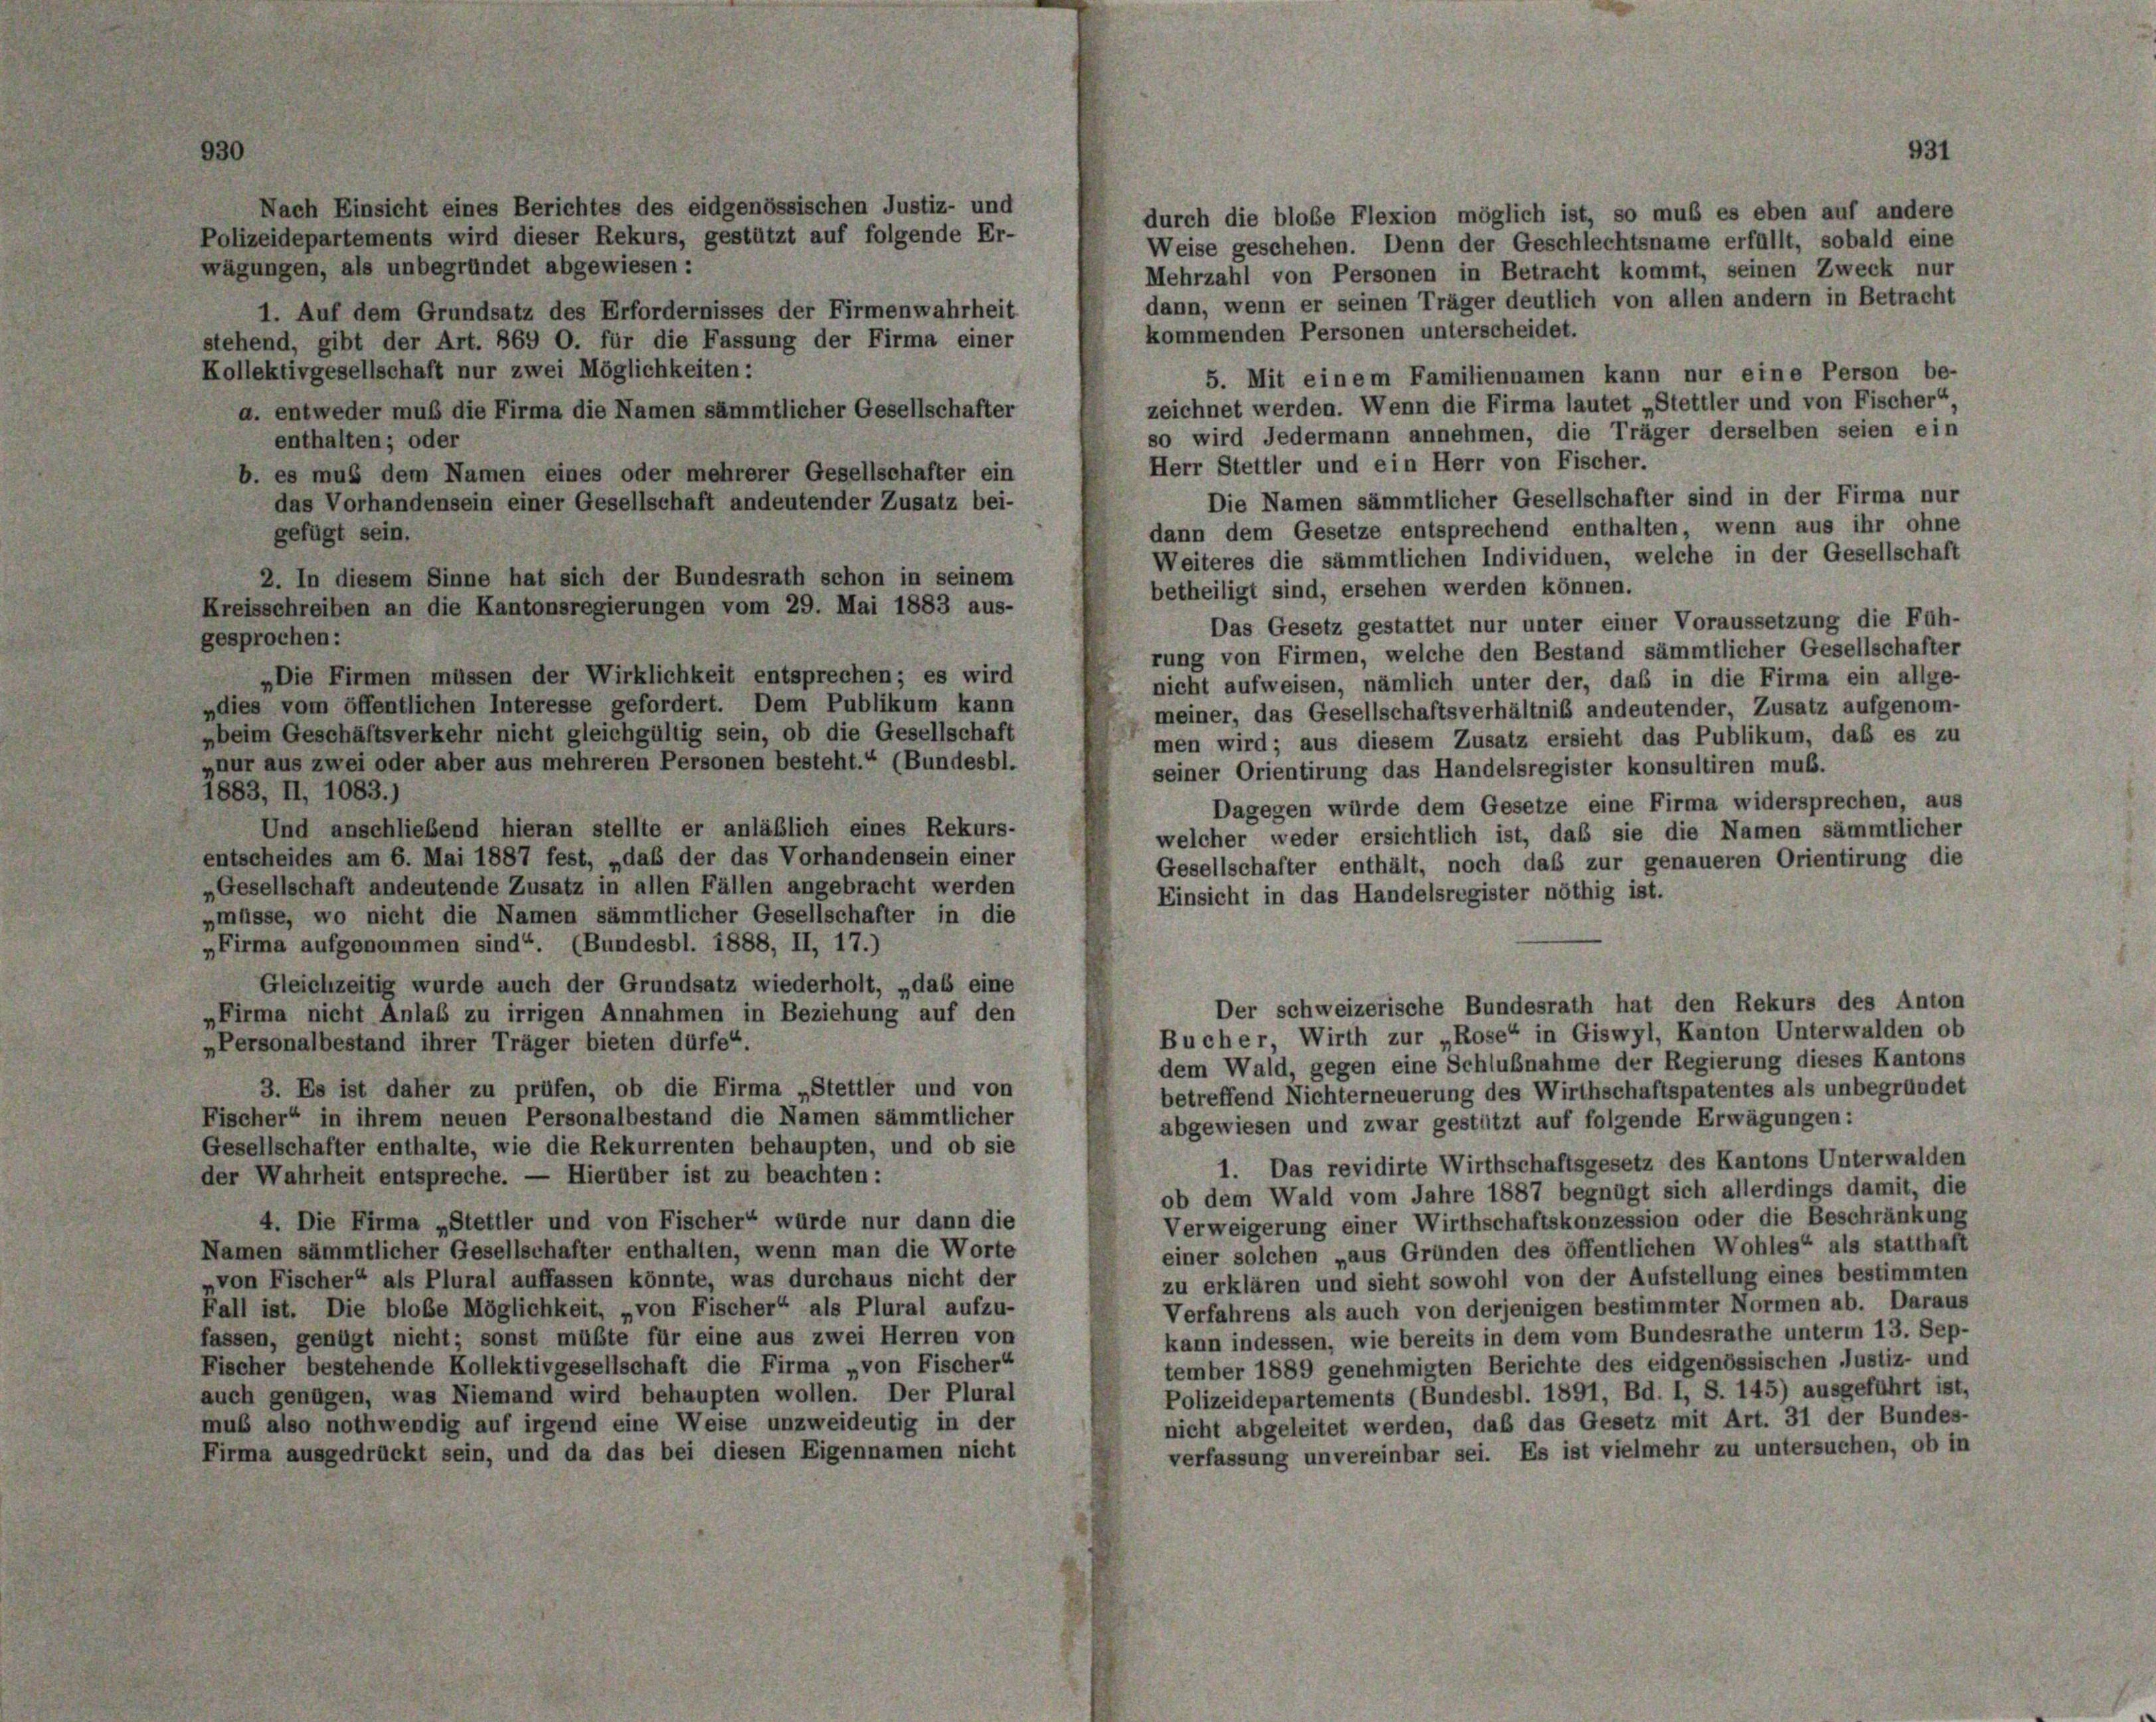
Nach Einsicht eines Berichtes des eidgenössischen Justiz- und
Polizeidepartements wird dieser Rekurs, gestützt auf folgende Er-
wägungen, als unbegründet abgewiesen:
1. Auf dem Grundsatz des Erfordernisses der Firmenwahrheit
stehend, gibt der Art. 869 O. für die Fassung der Firma einer
Kollektivgesellschaft nur zwei Möglichkeiten:
a. entweder muß die Firma die Namen sämmtlicher Gesellschafter
enthalten; oder
b. es mus dem Namen eines oder mehrerer Gesellschafter ein
das Vorhandensein einer Gesellschaft andeutender Zusatz bei-
gefügt sein.
2. In diesem Sinne hat sich der Bundesrath schon in seinem
Kreisschreiben an die Kantonsregierungen vom 29. Mai 1883 aus-
gesprochen:
„Die Firmen müssen der Wirklichkeit entsprechen; es wird
„dies vom öffentlichen Interesse gefordert. Dem Publikum kann
ybeim Geschäftsverkehr nicht gleichgültig sein, ob die Gesellschaft
„nur aus zwei oder aber aus mehreren Personen besteht.“ (Bundesbl.
1883, II, 1083.)
Und anschließend hieran stellte er anläßlich eines Rekurs-
entscheides am 6. Mai 1887 fest, „daß der das Vorhandensein einer
„Gesellschaft andeutende Zusatz in allen Fällen angebracht werden
„müsse, wo nicht die Namen sämmtlicher Gesellschafter in die
„Firma aufgenommen sind“. (Bundesbl. 1888, II, 17.)
Gleichzeitig wurde auch der Grundsatz wiederholt, „das eine
Der schweizerische Bundesrath hat den Rekurs des Anton
„Firma nicht Anlaß zu irrigen Annahmen in Beziehung auf den
Bucher, Wirth zur „Rose“ in Giswyl, Kanton Unterwalden ob
„Personalbestand ihrer Träger bieten dürfe“.
dem Wald, gegen eine Schlußnahme der Regierung dieses Kantons
3. Es ist daher zu prüfen, ob die Firma „Stettler und von
betreffend Nichterneuerung des Wirthschaftspatentes als unbegründet
Fischer“ in ihrem neuen Personalbestand die Namen sämmtlicher
abgewiesen und zwar gestützt auf folgende Erwägungen:
Gesellschafter enthalte, wie die Rekurrenten behaupten, und ob sie
1. Das revidirte Wirthschaftsgesetz des Kantons Unterwalden
der Wahrheit entspreche. — Hierüber ist zu beachten:
ob dem Wald vom Jahre 1887 begnügt sich allerdings damit, die
Verweigerung einer Wirthschaftskonzession oder die Beschränkung
4. Die Firma „Stettler und von Fischer“ würde nur dann die
einer solchen „aus Gründen des öffentlichen Wohles“ als statthaft
Namen sämmtlicher Gesellschafter enthalten, wenn man die Worte
zu erklären und sieht sowohl von der Aufstellung eines bestimmten
von Fischer“ als Plural auffassen könnte, was durchaus nicht der
Verfahrens als auch von derjenigen bestimmter Normen ab. Daraus
Fall ist. Die blobe Möglichkeit, „von Fischer“ als Plural aufzu-
kann indessen, wie bereits in dem vom Bundesrathe unterm 13. Sep-
fassen, genügt nicht; sonst müßte für eine aus zwei Herren von
tember 1889 genehmigten Berichte des eidgenössischen Justiz- und
Fischer bestehende Kollektivgesellschaft die Firma „von Fischer“
Polizeidepartements (Bundesbl. 1891, Bd. I, S. 145) ausgeführt ist,
auch genügen, was Niemand wird behaupten wollen. Der Plural
nicht abgeleitet werden, daß das Gesetz mit Art. 31 der Bundes-
mus also nothwendig auf irgend eine Weise unzweideutig in der
verfassung unvereinbar sei. Es ist vielmehr zu untersuchen, ob in
Firma ausgedrückt sein, und da das bei diesen Eigennamen nicht

931

durch die bloße Flexion möglich ist, so muß es eben auf andere
Weise geschehen. Denn der Geschlechtsname erfüllt, sobald eine
Mehrzahl von Personen in Betracht kommt, seinen Zweck nur
dann, wenn er seinen Träger deutlich von allen andern in Betracht
kommenden Personen unterscheidet.
5. Mit einem Familiennamen kann nur eine Person be-
zeichnet werden. Wenn die Firma lautet „Stettler und von Fischer“
so wird Jedermann annehmen, die Träger derselben seien ein
Herr Stettler und ein Herr von Fischer.
Die Namen sämmtlicher Gesellschafter sind in der Firma nur
dann dem Gesetze entsprechend enthalten, wenn aus ihr ohne
Weiteres die sämmtlichen Individuen, welche in der Gesellschaft
betheiligt sind, ersehen werden können.
Das Gesetz gestattet nur unter einer Voraussetzung die Füh-
rung von Firmen, welche den Bestand sämmtlicher Gesellschafter
nicht aufweisen, nämlich unter der, daß in die Firma ein allge-
meiner, das Gesellschaftsverhältnis andeutender, Zusatz aufgenom-
men wird; aus diesem Zusatz ersieht das Publikum, daß es zu
seiner Orientirung das Handelsregister konsultiren muß.
Dagegen würde dem Gesetze eine Firma widersprechen, aus
welcher weder ersichtlich ist, daß sie die Namen sämmtlicher
Gesellschafter enthält, noch daß zur genaueren Orientirung die
Einsicht in das Handelsregister nöthig ist.